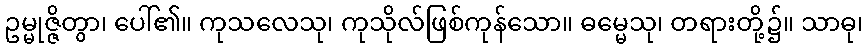
ဥမ္မုဇ္ဇိတွာ၊ ပေါ်၏။ ကုသလေသု၊ ကုသိုလ်ဖြစ်ကုန်သော။ ဓမ္မေသု၊ တရားတို့၌။ သာဓု၊